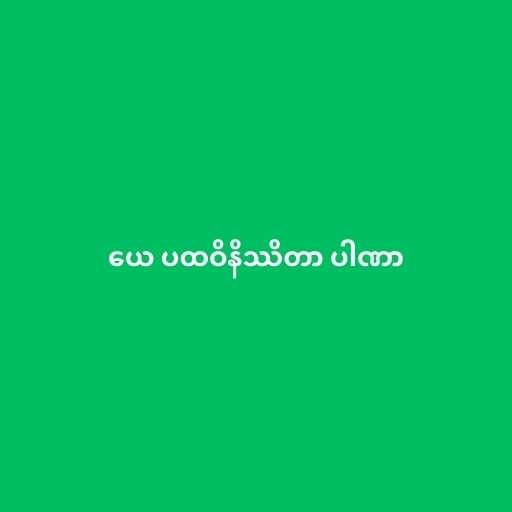
ယေ ပထဝိနိဿိတာ ပါဏာ